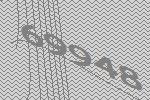
69948